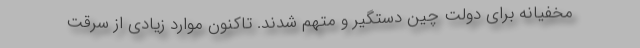
مخفیانه برای دولت چین دستگیر و متهم شدند. تاکنون موارد زیادی از سرقت